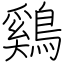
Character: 鷄